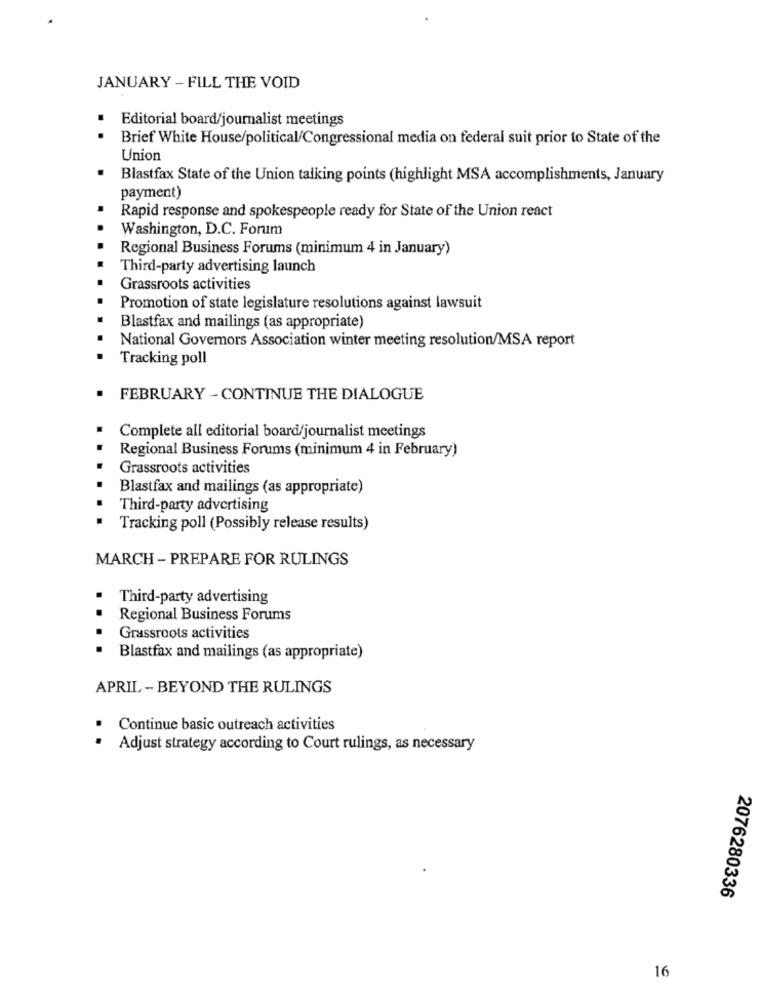
JANUARY - FILL THE VOID
Editorial board/journalist meetings
..
Brief White House/political/Congressional media on federal suit prior to State of the
Union
Blastfax State of the Union talking points (highlight MSA accomplishments, January
payment)
Rapid response and spokespeople ready for State of the Union react
Washington, D.C. Forum
Regional Business Forums (minimum 4 in January)
Third-party advertising launch
Grassroots activities
Promotion of state legislature resolutions against lawsuit
Blastfax and mailings (as appropriate)
National Governors Association winter meeting resolution/MSA report
Tracking poll
FEBRUARY - CONTINUE THE DIALOGUE
Complete all editorial board/journalist meetings
Regional Business Forums (minimum 4 in February)
Grassroots activities
Blastfax and mailings (as appropriate)
Third-party advertising
Tracking poll (Possibly release results)
MARCH - PREPARE FOR RULINGS
Third-party advertising
Regional Business Forums
Grassroots activities
Blastfax and mailings (as appropriate)
APRIL - BEYOND THE RULINGS
Continue basic outreach activities
Adjust strategy according to Court rulings, as necessary
2076280336
16